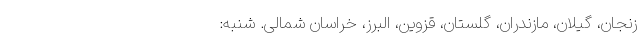
زنجان، گیلان، مازندران، گلستان، قزوین، البرز، خراسان شمالی. شنبه: